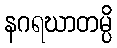
နဂရဃာတမ္ပိ